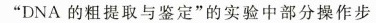
”DNA的粗提取与鉴定”的实验中部分操作步